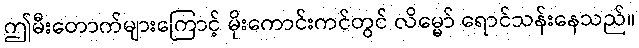
ဤမီးတောက်များကြောင့် မိုးကောင်းကင်တွင် လိမ္မော် ရောင်သန်းနေသည်။